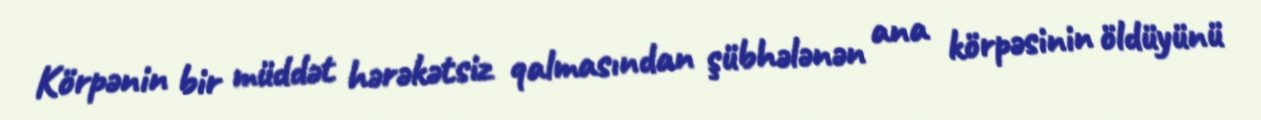
Körpənin bir müddət hərəkətsiz qalmasından şübhələnən ana körpəsinin öldüyünü